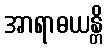
အာရာဓယန္တိ